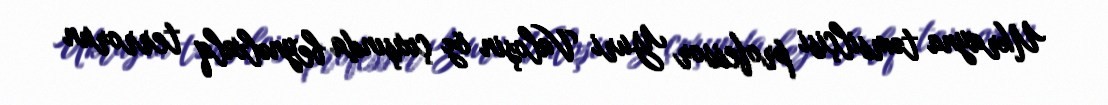
Ukrayna təmsilçisi professor Yuri Valoşin öz çıxışında beynəlxalq terrorun